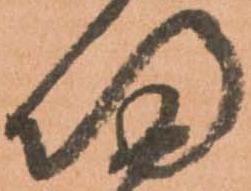
帰